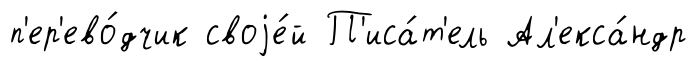
п'ер'ево́дчик своjе́й П'иса́т'ель Ал'екса́ндр